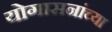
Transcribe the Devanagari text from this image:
योगासनांच्या